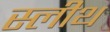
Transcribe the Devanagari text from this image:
स्लीथ